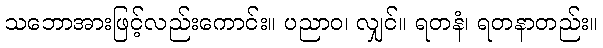
သဘောအားဖြင့်လည်းကောင်း။ ပညာဝ၊ လျှင်။ ရတနံ၊ ရတနာတည်း။